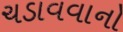
ચડાવવાનો